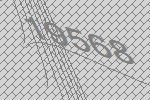
19568